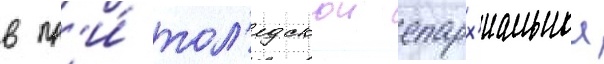
в пр'и́ тол'едскои епарх'иальнои